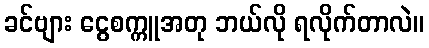
ခင်ဗျား ငွေစက္ကူအတု ဘယ်လို ရလိုက်တာလဲ။